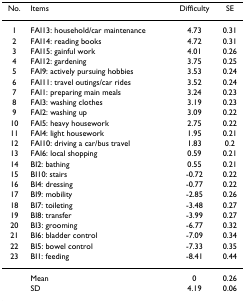
| No. | Items | Difficulty | SE |
 | --- | --- | --- | --- |
 | 1 | FAI13: household/car maintenance | 4.73 | 0.31 |
 | 2 | FAI14: reading books | 4.72 | 0.31 |
 | 3 | FAI15: gainful work | 4.01 | 0.26 |
 | 4 | FAI12: gardening | 3.75 | 0.25 |
 | 5 | FAI9: actively pursuing hobbies | 3.53 | 0.24 |
 | 6 | FAI11: travel outings/car rides | 3.52 | 0.24 |
 | 7 | FAI1: preparing main meals | 3.24 | 0.23 |
 | 8 | FAI3: washing clothes | 3.19 | 0.23 |
 | 9 | FAI2: washing up | 3.09 | 0.22 |
 | 10 | FAI5: heavy housework | 2.75 | 0.22 |
 | 11 | FAI4: light housework | 1.95 | 0.21 |
 | 12 | FAI10: driving a car/bus travel | 1.83 | 0.2 |
 | 13 | FAI6: local shopping | 0.59 | 0.21 |
 | 14 | BI2: bathing | 0.55 | 0.21 |
 | 15 | BI10: stairs | -0.72 | 0.22 |
 | 16 | BI4: dressing | -0.77 | 0.22 |
 | 17 | BI9: mobility | -2.85 | 0.26 |
 | 18 | BI7: toileting | -3.48 | 0.27 |
 | 19 | BI8: transfer | -3.99 | 0.27 |
 | 20 | BI3: grooming | -6.77 | 0.32 |
 | 21 | BI6: bladder control | -7.09 | 0.34 |
 | 22 | BI5: bowel control | -7.33 | 0.35 |
 | 23 | BI1: feeding | -8.41 | 0.44 |
 |  | Mean | 0 | 0.26 |
 |  | SD | 4.19 | 0.06 |